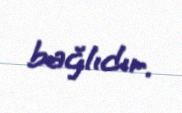
bağlıdır.